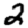
Digit: 2